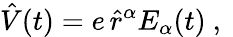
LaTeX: \hat{V}(t)=e\, \hat{r}^{\alpha}E_{\alpha}(t)\mathrm{~,~}